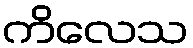
ကိလေသ